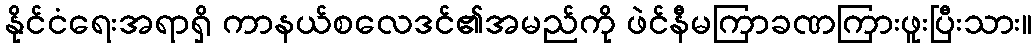
နိုင်ငံရေးအရာရှိ ကာနယ်စလေဒင်၏အမည်ကို ဖဲင်နီမကြာခဏကြားဖူးပြီးသား။